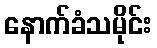
နောက်ခံသမိုင်း